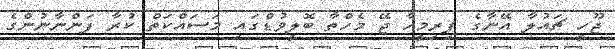
ޖޫހީ ޗައުލާ އޭނާގެ ފިރިމީހާ ޖޭ މެހްތާ ބޮލީވުޑްގައި މަސައްކަތް ކުރާ ފަންނާނުންގެ